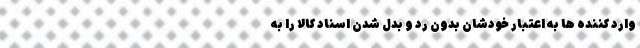
وارد کننده ها به اعتبار خودشان بدون رد و بدل شدن اسناد کالا را به